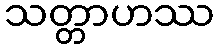
သတ္တာဟဿ